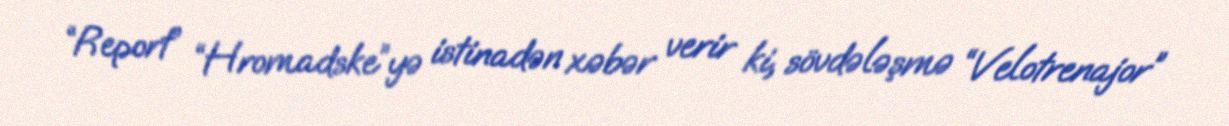
“Report” “Hromadske”yə istinadən xəbər verir ki, sövdələşmə “Velotrenajor”